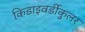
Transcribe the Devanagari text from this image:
किडाइवर्डीकुलर